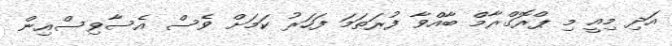
އަދި މިއީ މި ޕްރޮގްރާމް ބާއްވާ ފުރަތަމަ ފަހަރު ކަމަށް ވެސް އެސާވިސްއިން